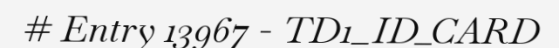
# Entry 13967 - TD1_ID_CARD